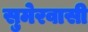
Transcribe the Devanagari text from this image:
सुमेरवासी